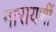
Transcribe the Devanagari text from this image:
नारायणीं